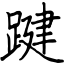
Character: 踺